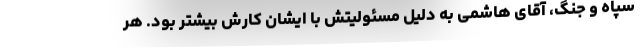
سپاه و جنگ، آقای هاشمی به دلیل مسئولیتش با ایشان کارش بیشتر بود. هر